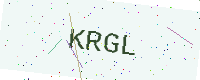
Text: KRGL